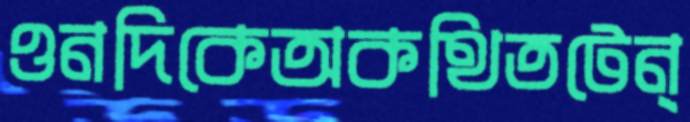
ওনদিকেঅকথিতটেন্